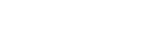
ဘုရားအဖြစ်သို့